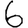
Digit: 6